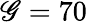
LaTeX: \mathscr{G}=70